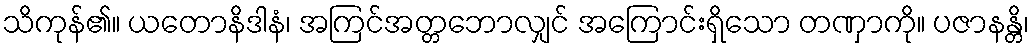
သိကုန်၏။ ယတောနိဒါနံ၊ အကြင်အတ္တဘောလျှင် အကြောင်းရှိသော တဏှာကို။ ပဇာနန္တိ၊